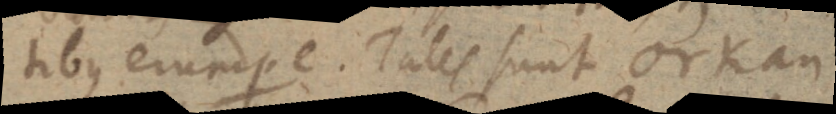
tibus erumpere. Tales sunt Orkan